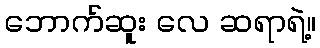
ဘောက်ဆူး လေ ဆရာရဲ့။